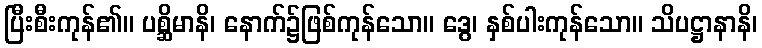
ပြီးစီးကုန်၏။ ပစ္ဆိမာနိ၊ နောက်၌ဖြစ်ကုန်သော။ ဒွေ၊ နှစ်ပါးကုန်သော။ သိပဋ္ဌာနာနိ၊